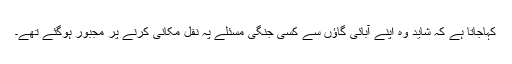
کہاجاتا ہے کہ شاید وہ اپنے آبائی گاؤں سے کسی جنگی مسئلے پہ نقل مکانی کرنے پر مجبور ہوگئے تھے۔